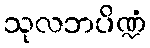
သုလဘပိဏ္ဍံ